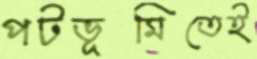
পটভূমিতেই